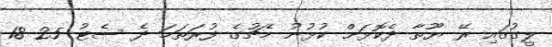
ލީގުގައި ރޭ ޔޫތާ ދެކޮޅަށް ކުޅުނު މެޗުގެ ފުރަތަމަ ދެ ސެޓު 25-18